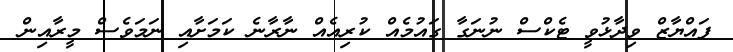
ފައްޔާޒް ވިދާޅުވީ ޓެކްސް ނުނަގާ ގައުމެއް ކުރިއެއް ނާރާނެ ކަމަށާއި ނަމަވެސް މީރާއިން